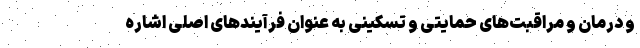
و درمان و مراقبت‌های حمایتی و تسکینی به عنوان فرآیندهای اصلی اشاره